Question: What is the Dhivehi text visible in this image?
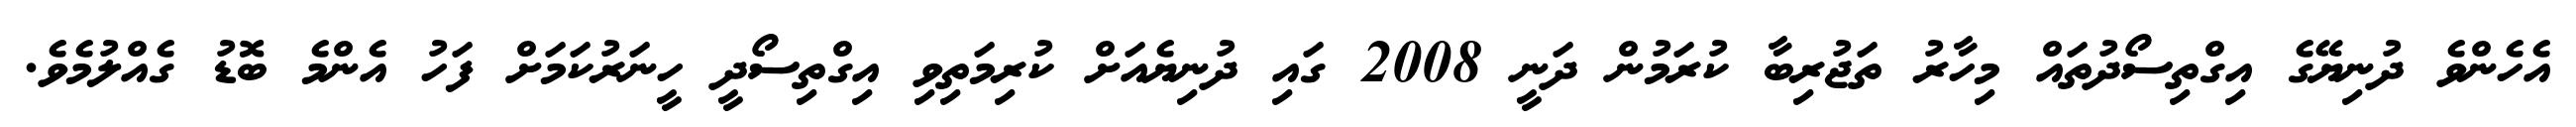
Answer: އެހެންވެ ދުނިޔޭގެ އިގްތިސޯދުތައް މިހާރު ތަޖުރިބާ ކުރަމުން ދަނީ 2008 ގައި ދުނިޔެއަށް ކުރިމަތިވި އިގްތިސޯދީ ހީނަރުކަމަށް ފަހު އެންމެ ބޮޑު ގެއްލުމެވެ.